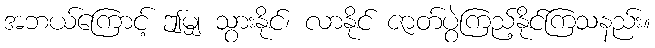
အဘယ်ကြောင့် ဤမျှ သွားနိုင်၊ လာနိုင် ဇာတ်ပွဲကြည့်နိုင်ကြသနည်း။